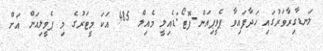
ލަނޑާގިރާވަރުގައި ހަދާފައިވާ ޕެވީޕިއަން-ފޮޓޯ:ޑެއިލީ މެއިލް 485 އަކަ މީޓަރުގެ މި ޕެވީލިއަން އަށް